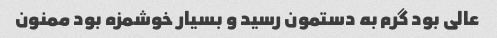
عالی بود گرم به دستمون رسید و بسیار خوشمزه بود ممنون